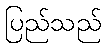
ပြည်သည်